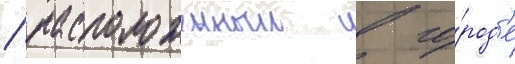
/ расположенныи в го́род'е